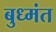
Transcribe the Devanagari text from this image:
बुध्मंत